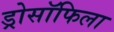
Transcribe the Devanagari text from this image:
ड्रोसॉफिला